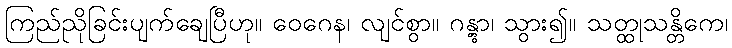
ကြည်ညိုခြင်းပျက်ချေပြီဟု။ ဝေဂေန၊ လျင်စွာ။ ဂန္တွာ၊ သွား၍။ သတ္ထုသန္တိကေ၊